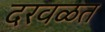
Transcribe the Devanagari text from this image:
दरवळत